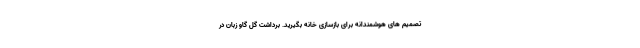
تصمیم های هوشمندانه برای بازسازی خانه بگیرید. برداشت گل گاو زبان در